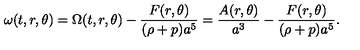
\omega ( t , r , \theta ) = \Omega ( t , r , \theta ) - \frac { F ( r , \theta ) } { ( \rho + p ) a ^ { 5 } } = \frac { A ( r , \theta ) } { a ^ { 3 } } - \frac { F ( r , \theta ) } { ( \rho + p ) a ^ { 5 } } .